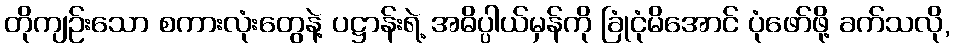
တိုကျဉ်းသော စကားလုံးတွေနဲ့ ပဋ္ဌာန်းရဲ့ အဓိပ္ပါယ်မှန်ကို ခြုံငုံမိအောင် ပုံဖော်ဖို့ ခက်သလို,